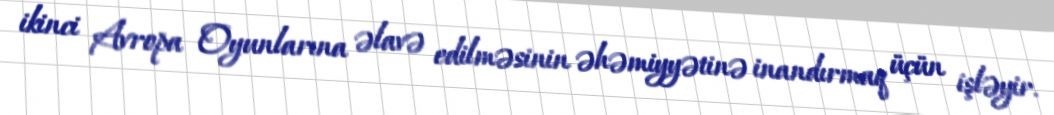
ikinci Avropa Oyunlarına əlavə edilməsinin əhəmiyyətinə inandırmaq üçün işləyir.